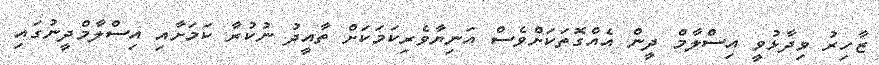
ޒާހިރު ވިދާޅުވީ އިސްލާމް ދީން އެއްގޮތަކަށްވެސް އަނިޔާވެރިކަމަކަށް ތާއީދު ނުކުރާ ކަމަށާއި އިސްލާމްދީނުގައި